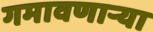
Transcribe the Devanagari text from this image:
गमावणार्‍या